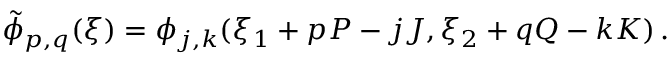
\tilde { \phi } _ { p , q } ( \boldsymbol { \xi } ) = \phi _ { j , k } ( \xi _ { 1 } + p P - j J , \xi _ { 2 } + q Q - k K ) \, .